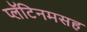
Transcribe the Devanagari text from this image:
प्लॅटिनमसह